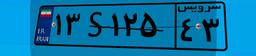
۱۹S۶۷۴۰۲